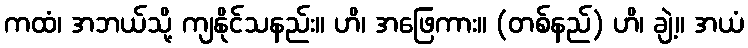
ကထံ၊ အဘယ်သို့ ကျနိုင်သနည်း။ ဟိ၊ အဖြေကား။ (တစ်နည်) ဟိ၊ ချဲ့။ အယံ